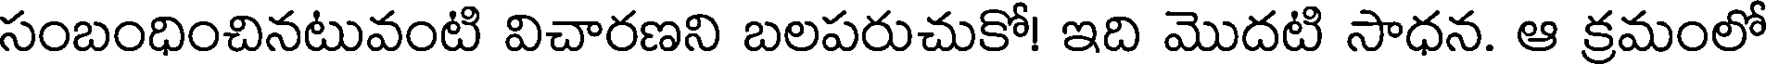
సంబంధించినటువంటి విచారణని బలపరుచుకో! ఇది మొదటి సాధన. ఆ క్రమంలో